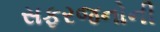
સફરજનોની